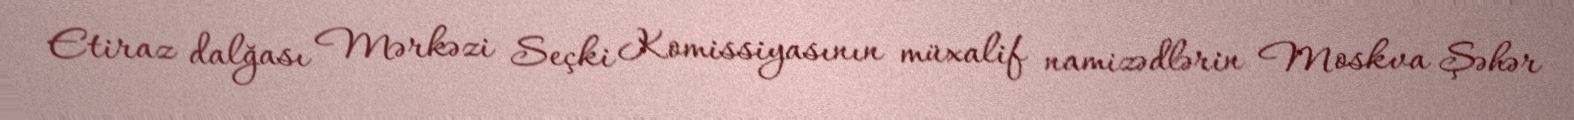
Etiraz dalğası Mərkəzi Seçki Komissiyasının müxalif namizədlərin Moskva Şəhər